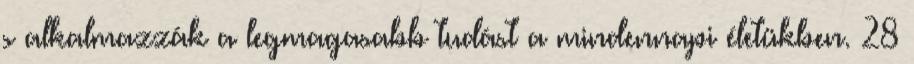
s alkalmazzák a legmagasabb tudást a mindennapi életükben. 28